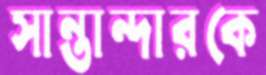
সান্তান্দারকে